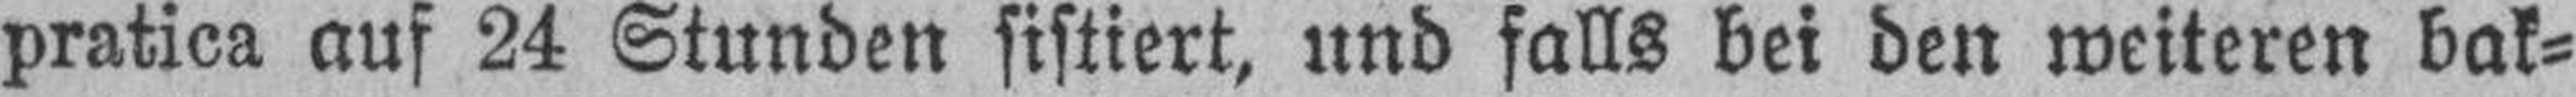
pratica auf 24 Stunden sistiert, und falls bei den weiteren bak¬